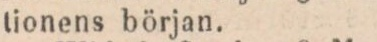
tionens början.